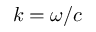
k = \omega / c